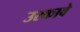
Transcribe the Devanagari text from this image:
उरकावे